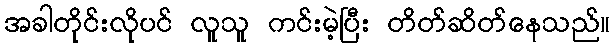
အခါတိုင်းလိုပင် လူသူ ကင်းမဲ့ပြီး တိတ်ဆိတ်နေသည်။